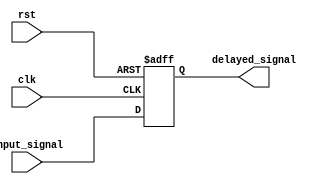
module DelayLatch (
    input wire clk,       // Clock signal
    input wire rst,       // Reset signal
    input wire input_signal,  // Input signal to be delayed
    output wire delayed_signal  // Delayed output signal
);

reg latch;

always @(posedge clk or posedge rst) begin
    if (rst) begin
        latch <= 1'b0;  // Reset the latch
    end else begin
        // Store the input signal in the latch
        latch <= input_signal;
    end
end

// Delayed signal released when latch is set
assign delayed_signal = latch;

endmodule